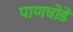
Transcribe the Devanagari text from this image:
पाणघोडे